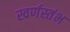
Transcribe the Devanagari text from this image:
स्वर्णस्तंभ